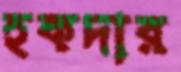
হকদার